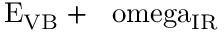
\mathrm { E _ { V B } + \hbar \ o m e g a _ { I R } }